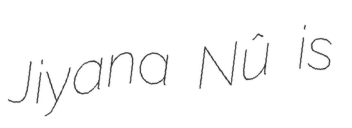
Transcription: Jiyana Nû is